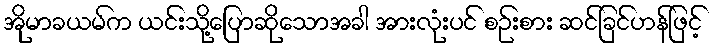
အိုမာခယမ်က ယင်းသို့ပြောဆိုသောအခါ အားလုံးပင် စဉ်းစား ဆင်ခြင်ဟန်ဖြင့်